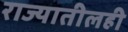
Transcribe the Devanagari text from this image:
राज्यातीलही